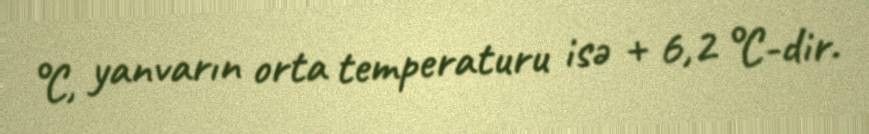
°C, yanvarın orta temperaturu isə + 6,2 °C-dir.